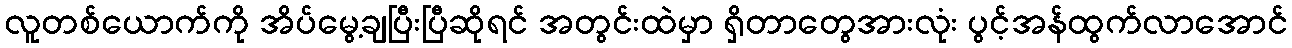
လူတစ်ယောက်ကို အိပ်မွေ့ချပြီးပြီဆိုရင် အတွင်းထဲမှာ ရှိတာတွေအားလုံး ပွင့်အန်ထွက်လာအောင်